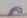
ล